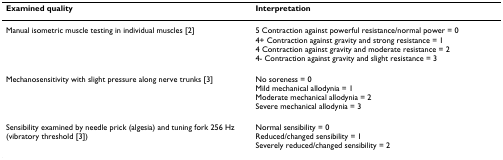
<table><thead><tr><td><b>Examined quality</b></td><td><b>Interpretation</b></td></tr></thead><tbody><tr><td>Manual isometric muscle testing in individual muscles [2]</td><td>5 Contraction against powerful resistance/normal power = 04+ Contraction against gravity and strong resistance = 14 Contraction against gravity and moderate resistance = 24- Contraction against gravity and slight resistance = 3</td></tr><tr><td>Mechanosensitivity with slight pressure along nerve trunks [3]</td><td>No soreness = 0Mild mechanical allodynia = 1Moderate mechanical allodynia = 2Severe mechanical allodynia = 3</td></tr><tr><td>Sensibility examined by needle prick (algesia) and tuning fork 256 Hz (vibratory threshold [3])</td><td>Normal sensibility = 0Reduced/changed sensibility = 1Severely reduced/changed sensibility = 2</td></tr></tbody></table>